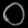
Digit: ၀